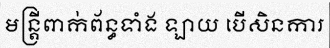
មន្ត្រីពាក់ព័ន្ធទាំង ឡាយ បើសិនការ